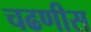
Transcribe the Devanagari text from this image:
चढणीस